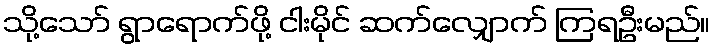
သို့သော် ရွာရောက်ဖို့ ငါးမိုင် ဆက်လျှောက် ကြရဦးမည်။